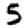
Digit: 5